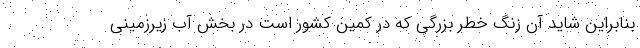
بنابراین شاید آن زنگ خطر بزرگی که در کمین کشور است در بخش آب زیرزمینی